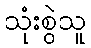
သုံးစွဲသူ